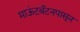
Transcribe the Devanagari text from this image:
माऊंटबॅटनपासून